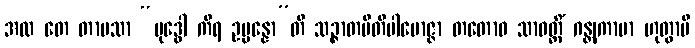
အထ တေ တာပသာ “ဗုဒ္ဓေါ ကိရ ဥပ္ပန္နော”တိ သဉ္ဇာတပီတိပါမောဇ္ဇာ တတောဝ သာဝတ္ထိံ ဂန္တုကာမာ ဟုတွာပိ